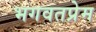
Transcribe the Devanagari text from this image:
भगवतप्रेम